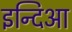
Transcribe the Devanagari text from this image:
इन्दिआ